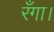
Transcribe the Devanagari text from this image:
रँगा।